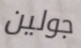
جولين